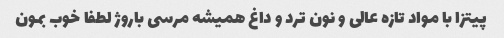
پیتزا با مواد تازه ‌عالی و نون ترد و داغ همیشه مرسی باروژ لطفا خوب بمون